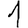
Digit: 1